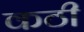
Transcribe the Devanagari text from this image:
कठी